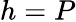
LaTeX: h=P